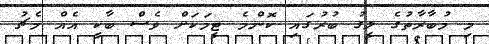
މި މުބާރާތުގެ ލީގު ބުރުގައި ކޮންމެ ޓީމަކަށް ވެސް ބާކީ އެއް މެޗު